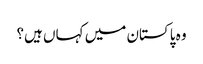
وہ پاکستان میں کہاں ہیں؟